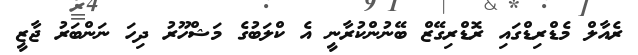
ރެއާލް މެޑްރިޑްގައި ރޮޑްރިގޭޒް ބޭނުންކުރާނީ އެ ކްލަބުގެ މަޝްހޫރު ދިހަ ނަންބަރު ޖާޒީ